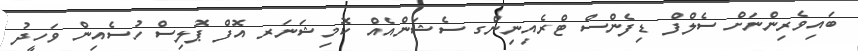
ބައިވެރިންނަށް ސެލްފް ޑިފެންސް ޓްރެއިނިންގ ސެޝަންއެއް ކޮމިޝަނަރ އޮފް ޕޮލިސް ހުސެއިން ވަހީދު